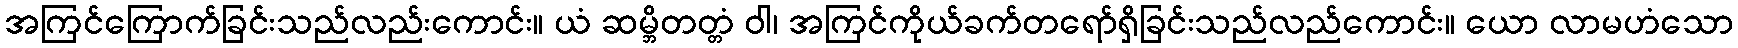
အကြင်ကြောက်ခြင်းသည်လည်းကောင်း။ ယံ ဆမ္ဘိတတ္တံ ဝါ၊ အကြင်ကိုယ်ခက်တရော်ရှိခြင်းသည်လည်ကောင်း။ ယော လာမဟံသော